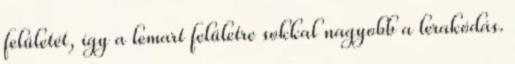
felületét, így a lemart felületre sokkal nagyobb a lerakódás.